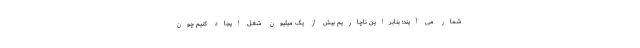
شمار می آیند؛ بنابراین ناچاریم بیش از یک میلیون شغل ایجاد کنیم چون